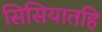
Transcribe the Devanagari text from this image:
सिसियातहि